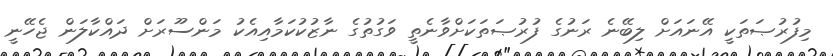
މިފުރުޞަތަކީ އޭނައަށް ލިބޭނެ ރަނުގެ ފުރުޞަތަކަށްވާނެތީ ވަގުތުގެ ނާޒުކުކަމާއިއެކު މަންސޫރަށް ދައްކާލަން ޖެހޭނީ